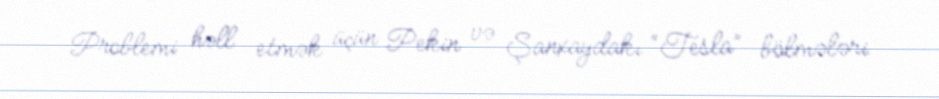
Problemi həll etmək üçün Pekin və Şanxaydakı “Tesla” bölmələri